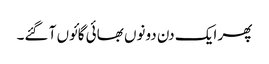
پھر ایک دن دونوں بھائی گائوں آ گئے۔